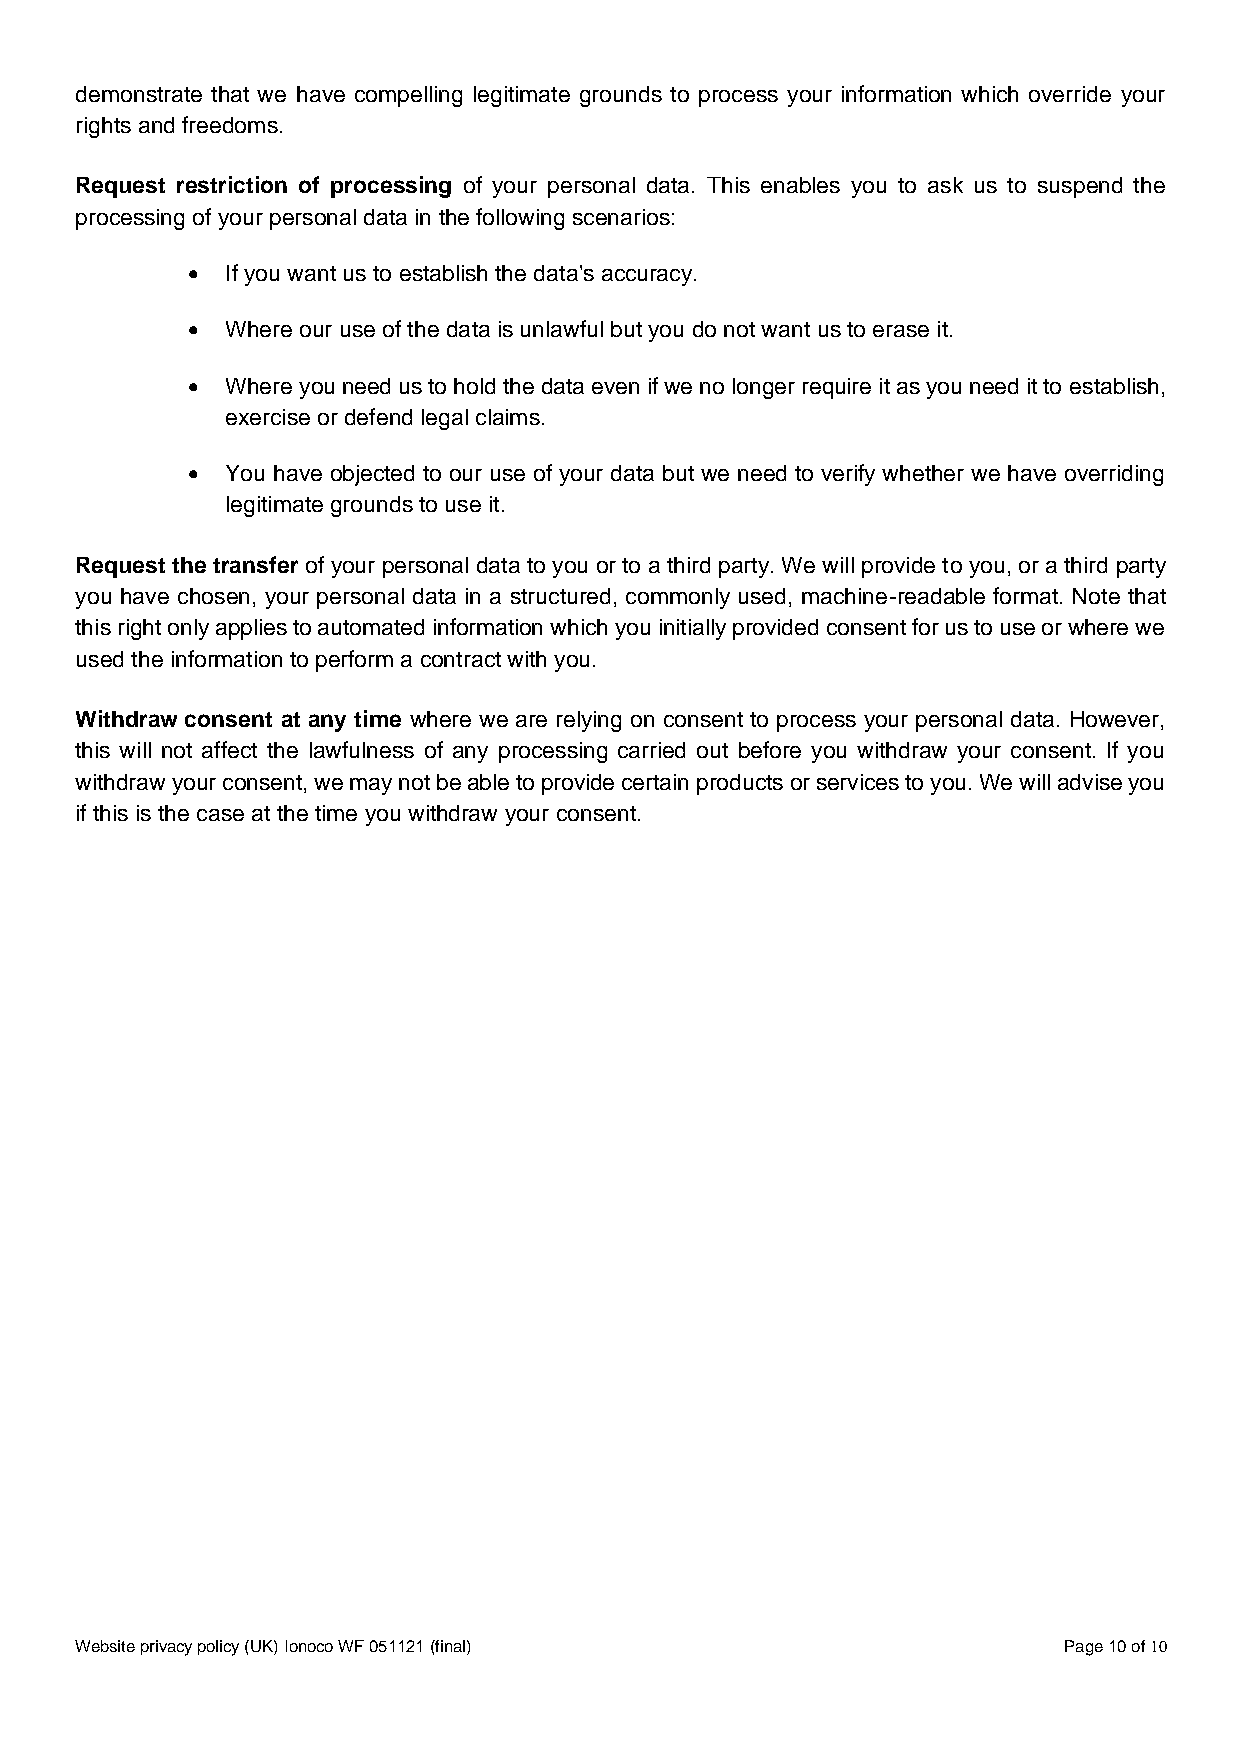
demonstrate that we have compelling legitimate grounds to process your information which override your
 rights and freedoms.
 Request restriction of processing of your personal data. This enables you to ask us to suspend the
 processing of your personal data in the following scenarios:
 •  If you want us to establish the data's accuracy.
 •  Where our use of the data is unlawful but you do not want us to erase it.
 •  Where you need us to hold the data even if we no longer require it as you need it to establish,
 exercise or defend legal claims.
 •  You have objected to our use of your data but we need to verify whether we have overriding
 legitimate grounds to use it.
 Request the transfer of your personal data to you or to a third party. We will provide to you, or a third party
 you have chosen, your personal data in a structured, commonly used, machine-readable format. Note that
 this right only applies to automated information which you initially provided consent for us to use or where we
 used the information to perform a contract with you.
 Withdraw consent at any time where we are relying on consent to process your personal data. However,
 this will not affect the lawfulness of any processing carried out before you withdraw your consent. If you
 withdraw your consent, we may not be able to provide certain products or services to you. We will advise you
 if this is the case at the time you withdraw your consent.
 Website privacy policy (UK) Ionoco WF 051121 (final)             Page 10 of 10